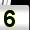
Digit: 5